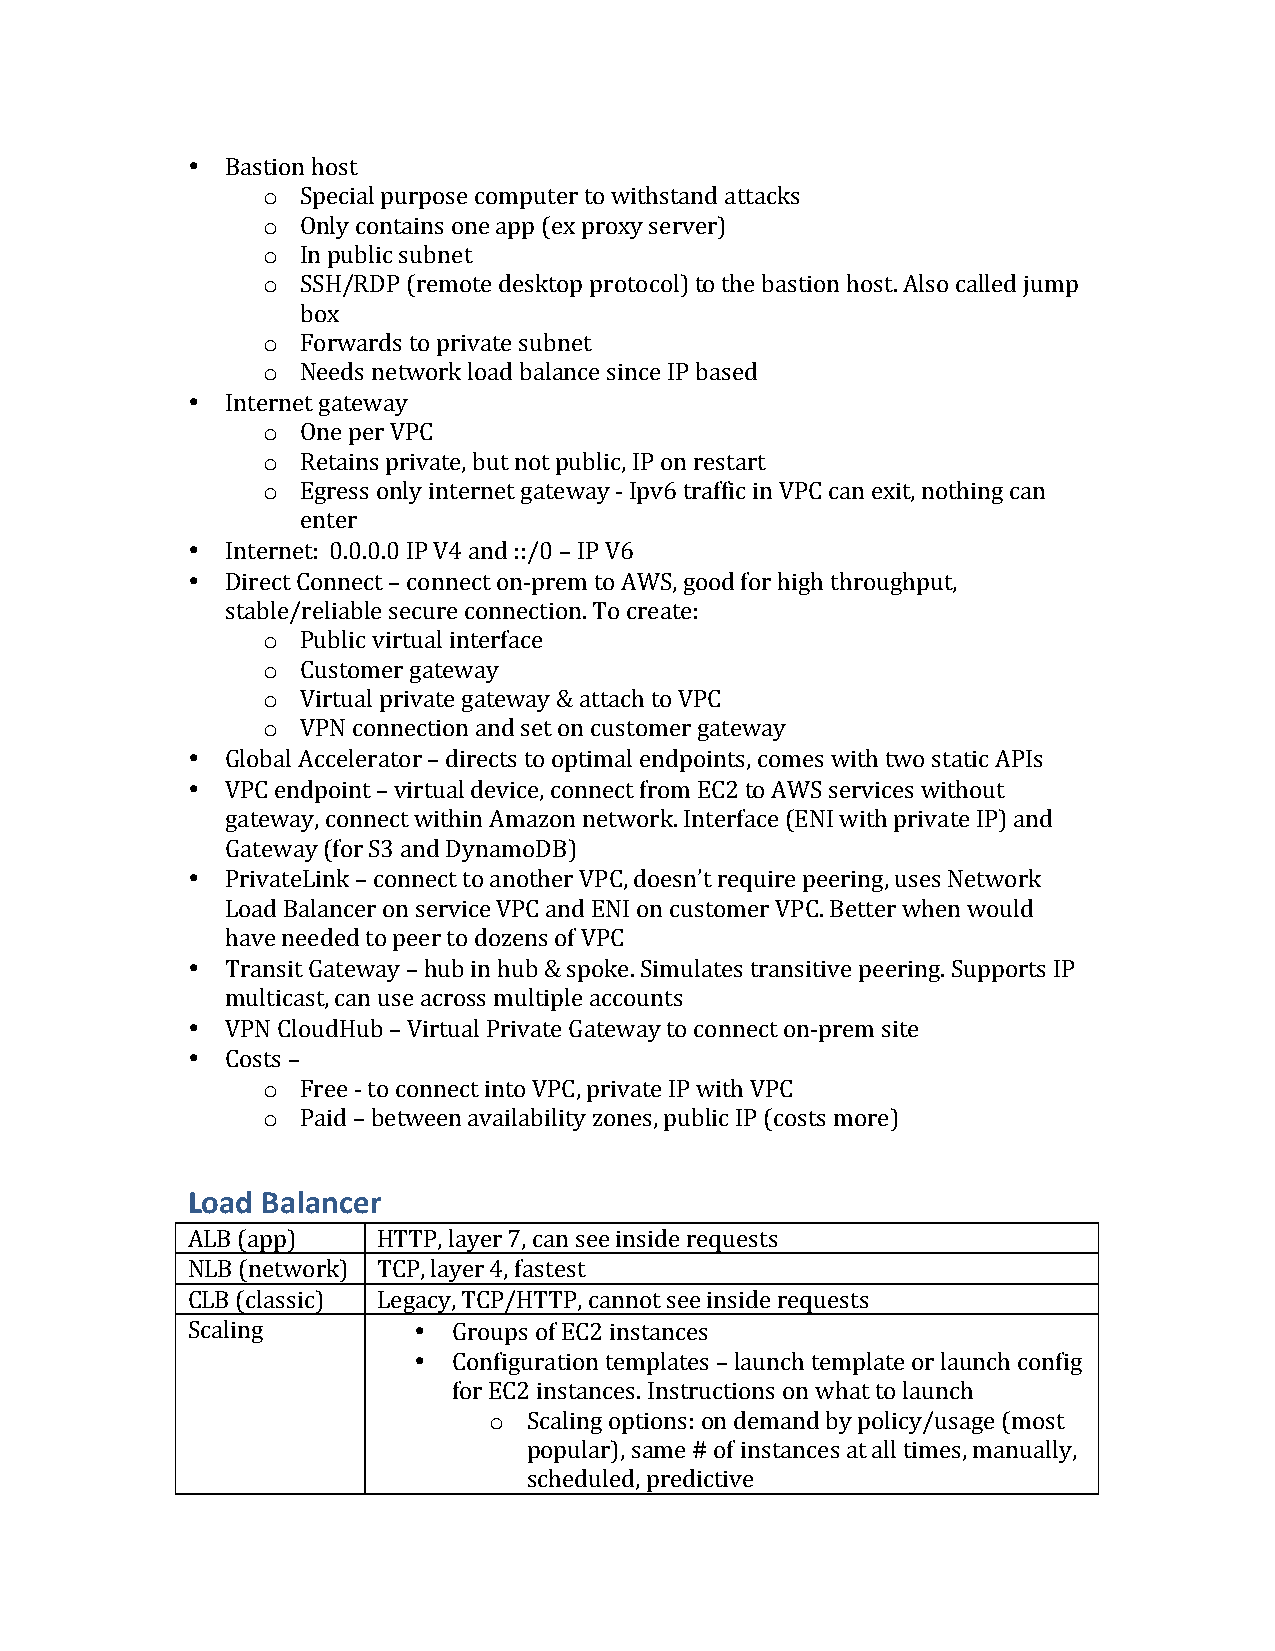
•  Bastion host
 o  Special purpose computer to withstand attacks
 o  Only contains one app (ex proxy server)
 o  In public subnet
 o  SSH/RDP (remote desktop protocol) to the bastion host. Also called jump
 box
 o  Forwards to private subnet
 o  Needs network load balance since IP based
 •  Internet gateway
 o  One per VPC
 o  Retains private, but not public, IP on restart
 o  Egress only internet gateway - Ipv6 traffic in VPC can exit, nothing can
 enter
 •  Internet: 0.0.0.0 IP V4 and ::/0 – IP V6
 •  Direct Connect – connect on-prem to AWS, good for high throughput,
 stable/reliable secure connection. To create:
 o  Public virtual interface
 o  Customer gateway
 o  Virtual private gateway & attach to VPC
 o  VPN connection and set on customer gateway
 •  Global Accelerator – directs to optimal endpoints, comes with two static APIs
 •  VPC endpoint – virtual device, connect from EC2 to AWS services without
 gateway, connect within Amazon network. Interface (ENI with private IP) and
 Gateway (for S3 and DynamoDB)
 •  PrivateLink – connect to another VPC, doesn’t require peering, uses Network
 Load Balancer on service VPC and ENI on customer VPC. Better when would
 have needed to peer to dozens of VPC
 •  Transit Gateway – hub in hub & spoke. Simulates transitive peering. Supports IP
 multicast, can use across multiple accounts
 •  VPN CloudHub – Virtual Private Gateway to connect on-prem site
 •  Costs –
 o  Free - to connect into VPC, private IP with VPC
 o  Paid – between availability zones, public IP (costs more)
 Load Balancer
 ALB (app)    HTTP, layer 7, can see inside requests
 NLB (network) TCP, layer 4, fastest
 CLB (classic) Legacy, TCP/HTTP, cannot see inside requests
 Scaling        •  Groups of EC2 instances
 •  Configuration templates – launch template or launch config
 for EC2 instances. Instructions on what to launch
 o  Scaling options: on demand by policy/usage (most
 popular), same # of instances at all times, manually,
 scheduled, predictive